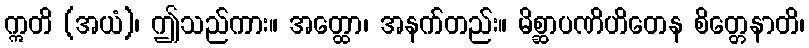
ဣတိ (အယံ)၊ ဤသည်ကား။ အတ္ထော၊ အနက်တည်း။ မိစ္ဆာပဏိဟိတေန စိတ္တေနာတိ၊